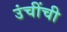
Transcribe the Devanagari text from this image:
उंचींची